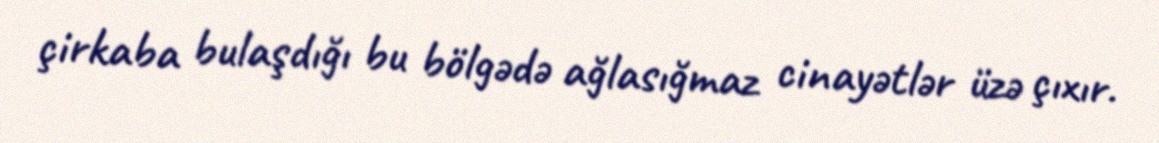
çirkaba bulaşdığı bu bölgədə ağlasığmaz cinayətlər üzə çıxır.